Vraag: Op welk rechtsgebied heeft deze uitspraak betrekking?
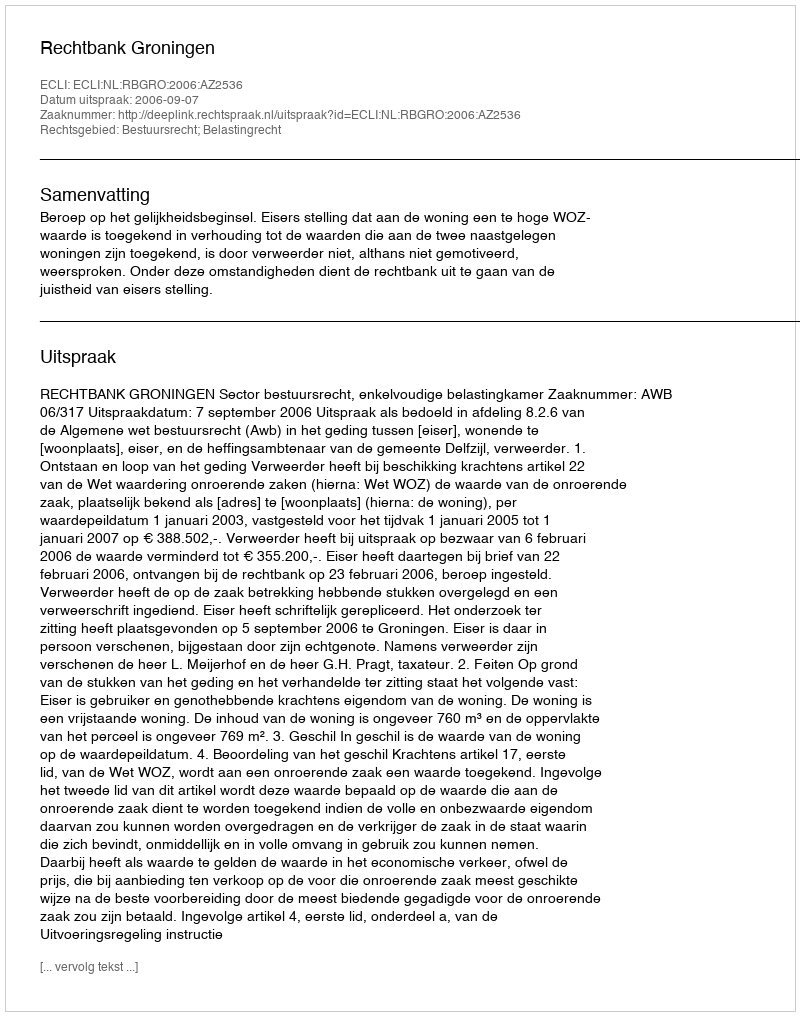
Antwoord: Bestuursrecht; Belastingrecht